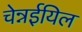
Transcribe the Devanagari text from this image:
चेन्नईयिल